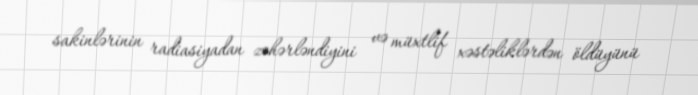
sakinlərinin radiasiyadan zəhərləndiyini və müxtlif xəstəliklərdən öldüyünü